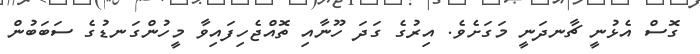
ގޮސް އެޅުނީ ޗާނދަނީ މަގަށެވެ. އިރުގެ ގަދަ ހޫނާއި ތޮއްޖެހިފައިވާ މީހުންގަނޑުގެ ސަބަބުން